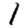
Digit: 1